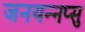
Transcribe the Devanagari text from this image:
जनयन्नप्सु